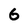
Character: 6